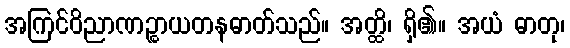
အကြင်ဝိညာဏဉ္စာယတနဓာတ်သည်။ အတ္ထိ၊ ရှိ၏။ အယံ ဓာတု၊